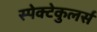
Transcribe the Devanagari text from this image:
स्पेक्टेकुलर्स